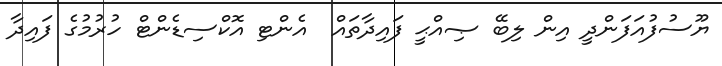
ޔޫސުފުއަފަންދީ އިން ލިބޭ ޞިއްޙީ ފައިދާތައް  އެންޓި އޮކްސިޑެންޓް ހުރުމުގެ ފައިދާ